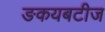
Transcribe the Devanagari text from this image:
ङकयबटीज